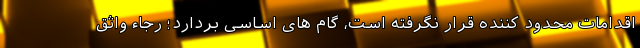
اقدامات محدود کننده قرار نگرفته است، گام های اساسی بردارد؛ رجاء واثق